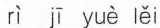
ri ji yue lei